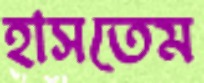
হাসতেম